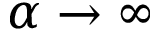
\alpha \to \infty